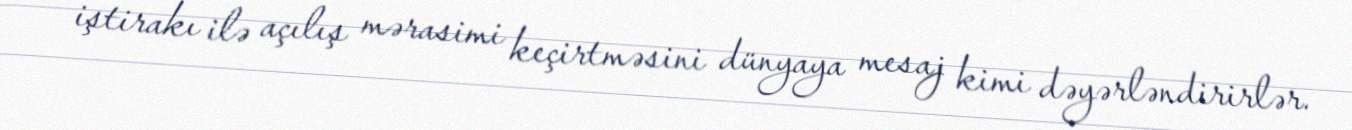
iştirakı ilə açılış mərasimi keçirtməsini dünyaya mesaj kimi dəyərləndirirlər.